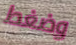
وضغط